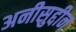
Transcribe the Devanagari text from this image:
अनीसुद्दीन